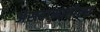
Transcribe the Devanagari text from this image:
असहामातीला